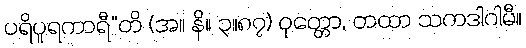
ပရိပူရကာရီ”တိ (အ။ နိ။ ၃။၈၇) ဝုတ္တော, တထာ သကဒါဂါမီ။